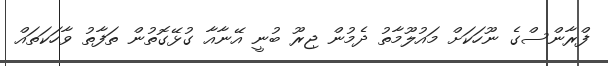
ފްރާންސްގެ ނޫހަކަށް މައުލޫމާތު ދެމުން ޖިރޫ ބުނީ އޭނާއާ ގުޅޭގޮތުން ތަފާތު ވާހަކަތައް